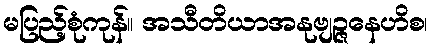
မပြည့်စုံကုန်။ အသီတိယာအနုဗျဉ္ဇနေဟိစ၊